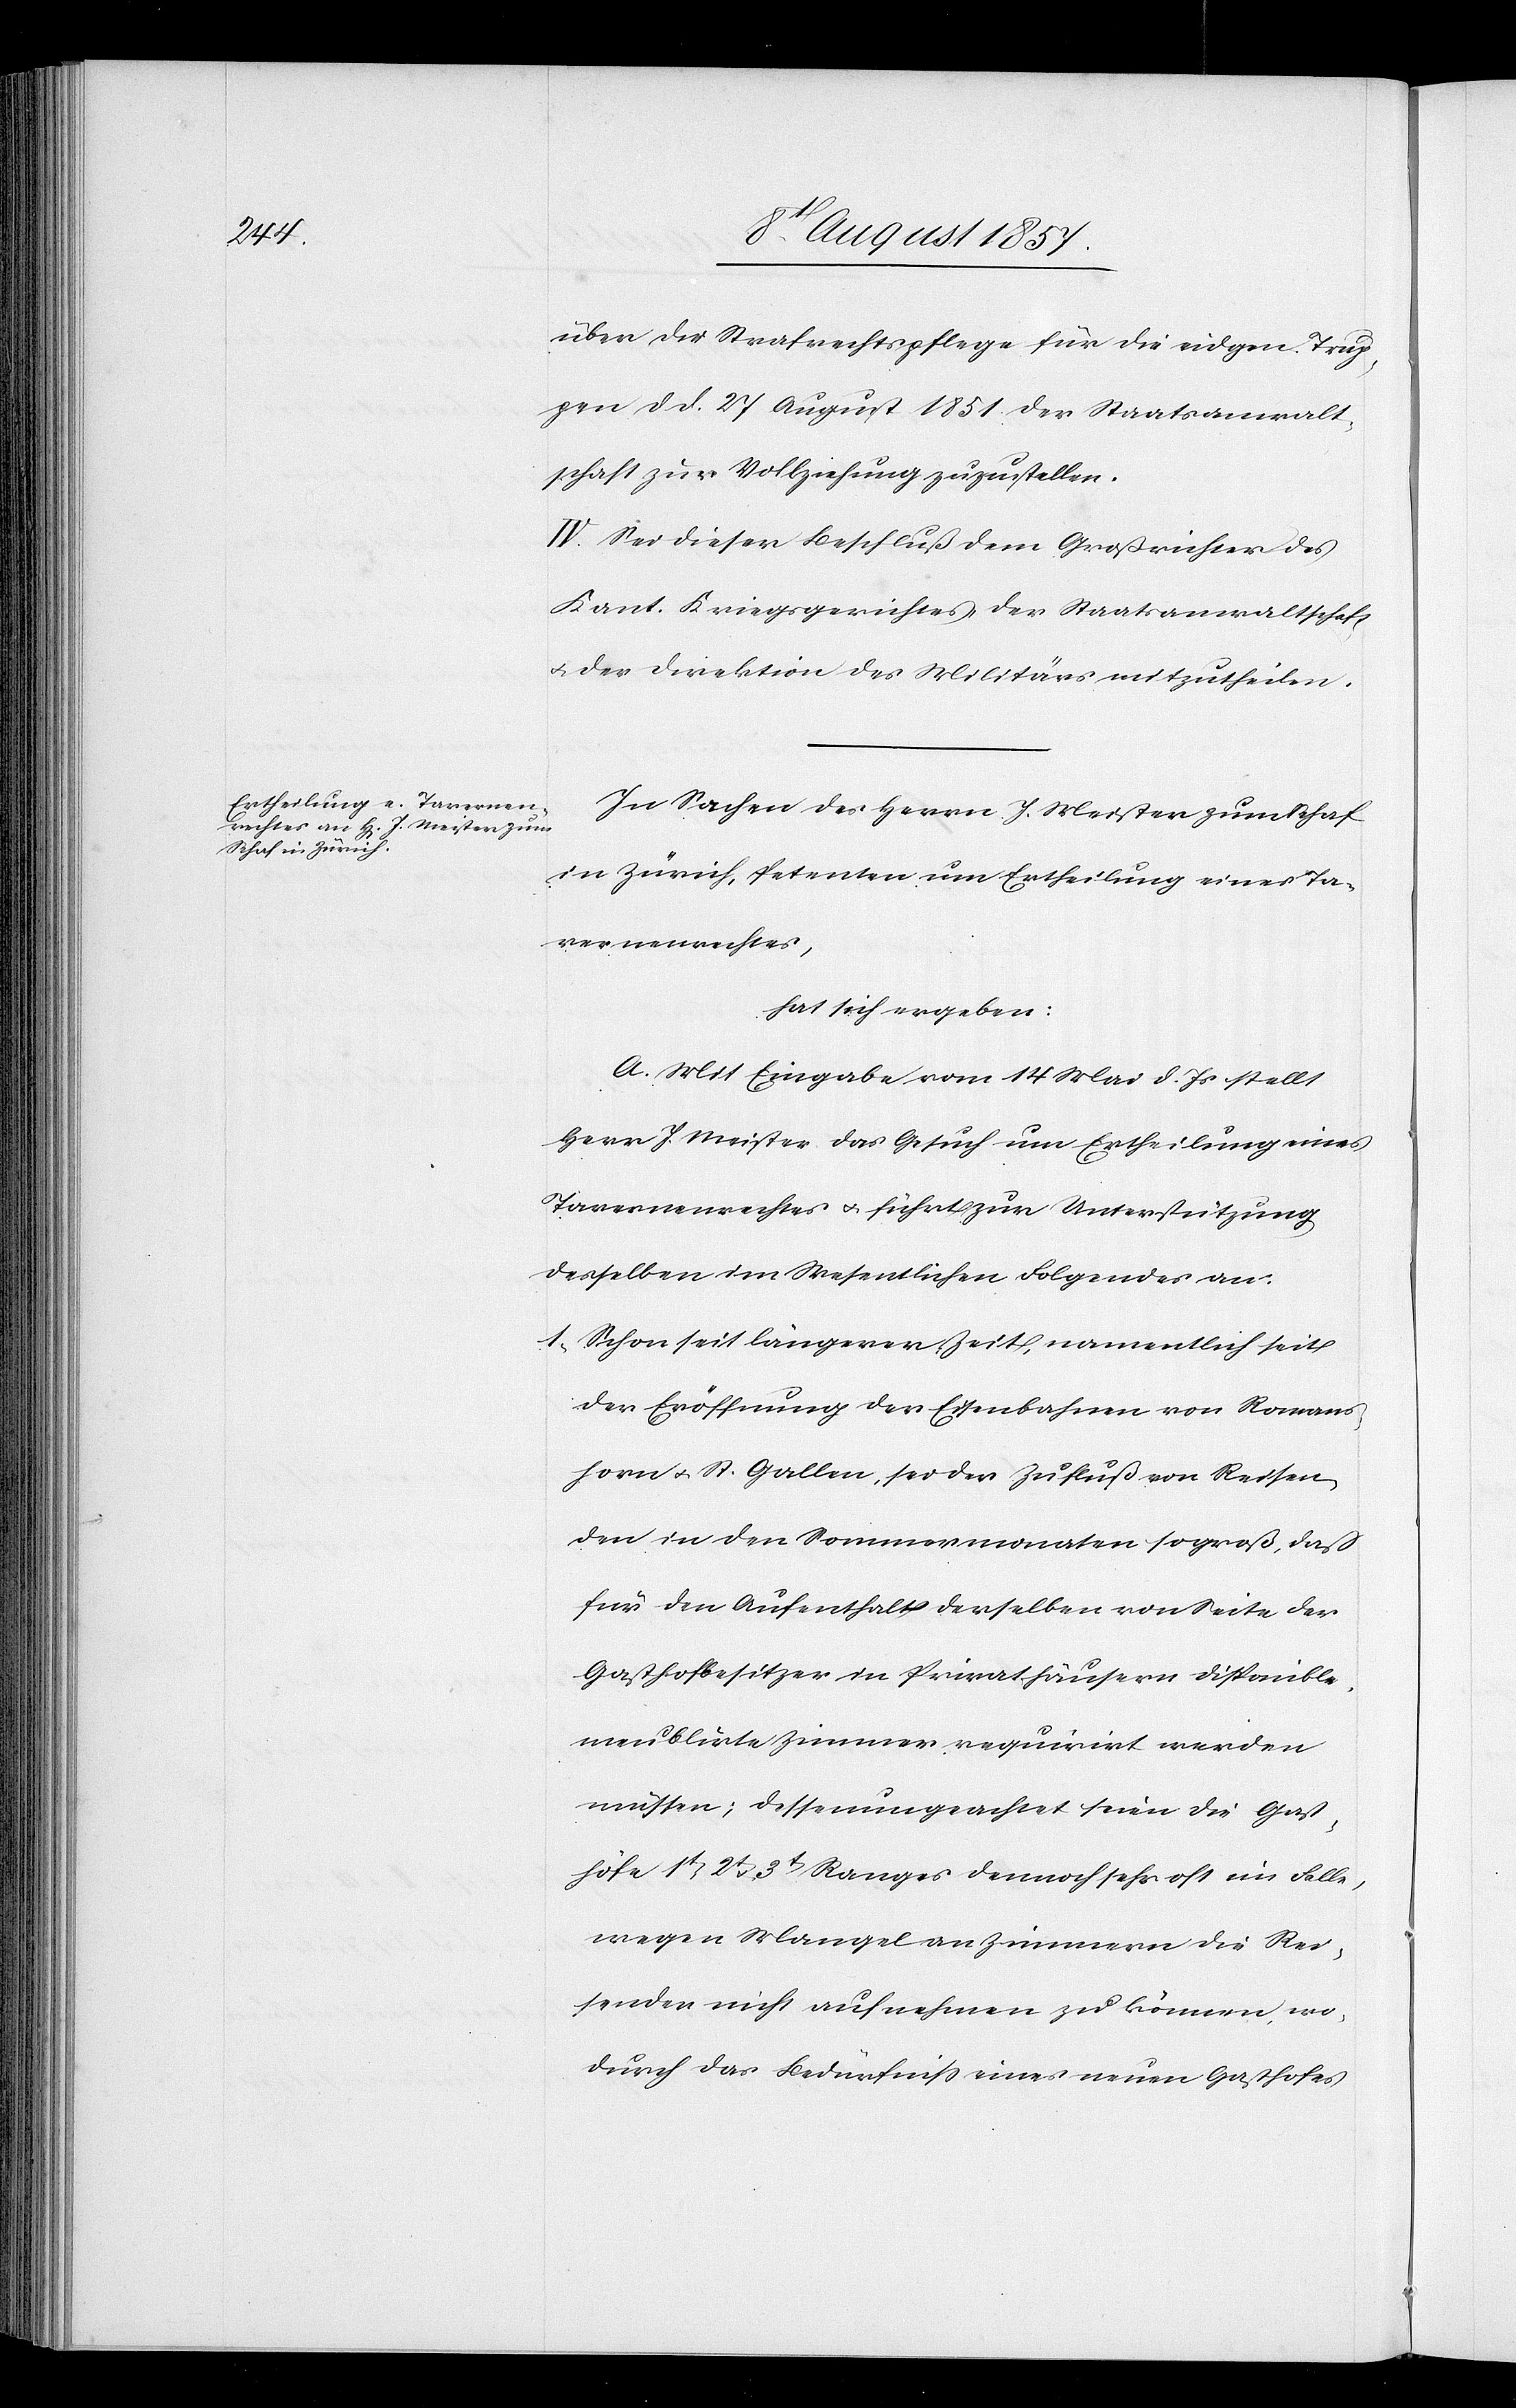
über die Strafrechtspflege für die eidgen. Trup¬
pen d. d. 27 August 1851 der Staatsanwalt¬
schaft zur Vollziehung zuzustellen.
IV. Sei dieser Beschluß dem Großrichter des
Kant. Kriegsgerichtes der Staatsanwaltschaft
& der Direktion des Militärs mitzutheilen.
In Sachen des Herrn J. Meister zum Schaf
in Zürich, Petenten um Ertheilung eines Ta¬
vernenrechtes,
hat sich ergeben:
A. Mit Eingabe vom 14 Mai d. Js. stellt
Herr J. Meister das Gesuch um Ertheilung eines
Tavernenrechtes & führt zur Unterstützung
desselben im Wesentlichen Folgendes an:
1. Schon seit längerer Zeit, namentlich seit
der Eröffnung der Eisenbahnen von Romans¬
horn & St. Gallen, sei der Zufluß von Reisen¬
den in den Sommermonaten so groß, daß
für den Aufenthalt derselben von Seite der
Gasthofbesitzer in Privathäusern disponible,
meublirte Zimmer requirirt werden
müssen; dessenungeachtet seien die Gast¬
höfe 1t, 2t, 3t Ranges dennoch sehr oft im Falle,
wegen Mangel an Zimmern die Rei¬
senden nicht aufnehmen zu können, wo¬
durch das Bedürfniß eines neuen Gasthofes